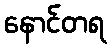
နောင်တရ